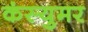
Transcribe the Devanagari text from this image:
कंस्युमर